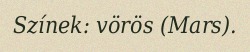
Színek: vörös (Mars).